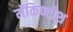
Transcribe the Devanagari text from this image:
मॅकिण्टोश